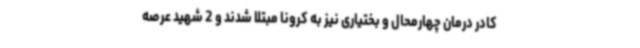
کادر درمان چهارمحال و بختیاری نیز به کرونا مبتلا شدند و 2 شهید عرصه